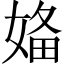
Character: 𡞕